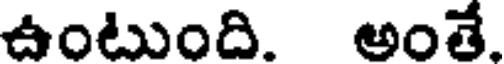
ఉంటుంది. అంతే.